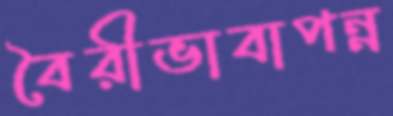
বৈরীভাবাপন্ন